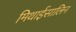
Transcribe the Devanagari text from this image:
मिथाईसालिन